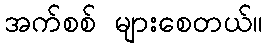
အက်စစ် များစေတယ်။